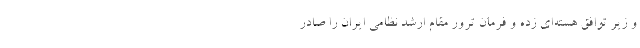
و زیر توافق هسته‌ای زده و فرمان ترور مقام ارشد نظامی ایران را صادر